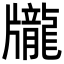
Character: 𪚖